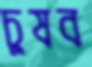
চুষব